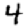
Digit: 4